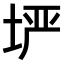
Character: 𫭲